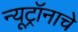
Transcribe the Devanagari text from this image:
न्यूट्रॉनाचे